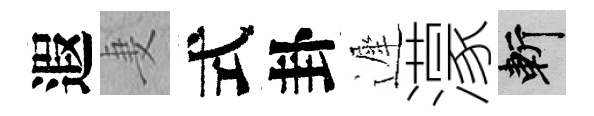
遐妻式卦遲濛斬